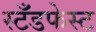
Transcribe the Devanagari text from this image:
स्टँडफेस्ट